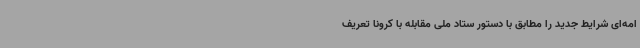
امه‌ای شرایط جدید را مطابق با دستور ستاد ملی مقابله با کرونا تعریف